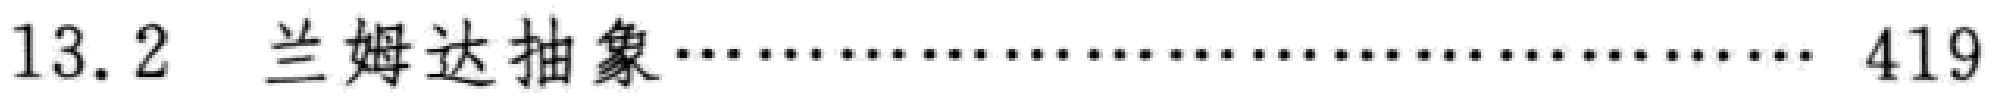
13.2 兰姆达抽象\dotfill 419